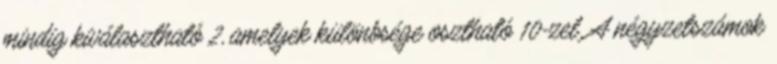
mindig kiválasztható 2, amelyek különbsége osztható 10-zel. A négyzetszámok